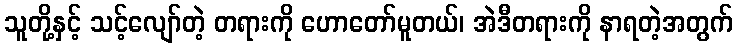
သူတို့နှင့် သင့်လျော်တဲ့ တရားကို ဟောတော်မူတယ်၊ အဲဒီတရားကို နာရတဲ့အတွက်